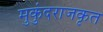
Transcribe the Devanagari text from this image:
मुकुंदराजकृत